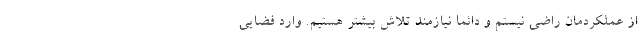
از عملکردمان راضی نیستم و دائما نیازمند تلاش بیشتر هستیم. وارد فضایی